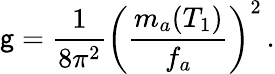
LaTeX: \mathsf{g}=\frac{{1}}{{8\pi^{2}}}\left(\frac{{m_{a}(T_{1})}}{{f_{a}}}\right)^{2}\, .